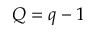
Q = q - 1